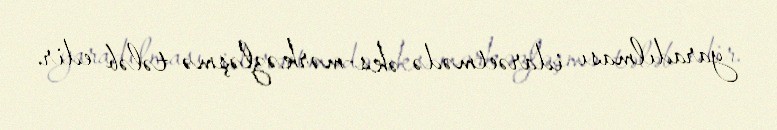
yaradılması idarəetmədə əks-mərkəzləşmə tələb edir.